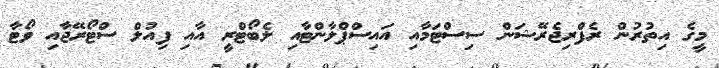
މީގެ އިތުރުން ރެފްރިޖެރޭޝަން ސިސްޓަމާއި އައިސްޕްލާންޓާއި ލެބޯޓްރީ އާއި ފިއުލް ސްޓޯރޭޖާއި ވޯޓާ